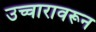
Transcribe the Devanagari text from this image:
उच्चारावरून